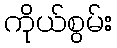
ကိုယ်စွမ်း